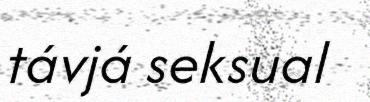
távjá seksual